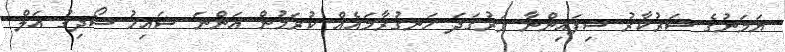
ޔަމަނުގެ ސަރުކާރު ސިފައިންނާ ވަރުގަދަ ހަނގުރާމައެއް ކުރަމުން އަންނަ ޝައިޚު ސޯދިގު އަލް